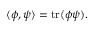
\langle \phi , \psi \rangle = \mathrm { t r } ( \phi \psi ) .